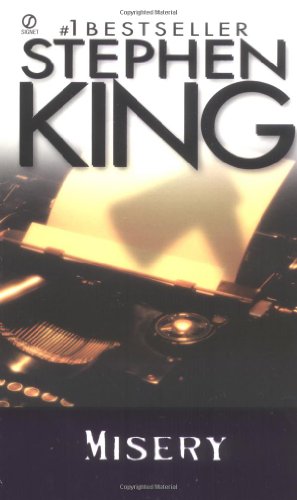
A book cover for Misery; Stephen King; Literature & Fiction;